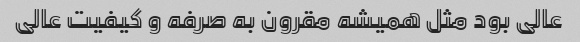
عالی بود مثل همیشه مقرون به صرفه و کیفیت عالی